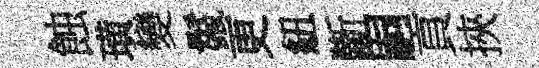
蝕璜變鬣更紐斷嗣貢挾